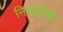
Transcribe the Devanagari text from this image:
निर्मातेही